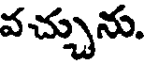
వచ్చును.